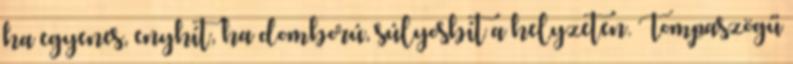
ha egyenes, enyhít, ha domború, súlyosbít a helyzeten. Tompaszögű